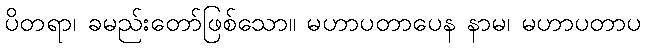
ပိတရာ၊ ခမည်းတော်ဖြစ်သော။ မဟာပတာပေန နာမ၊ မဟာပတာပ